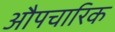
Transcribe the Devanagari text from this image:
औपचारिक